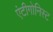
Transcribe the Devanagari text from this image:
एंटीगोनिस्ट